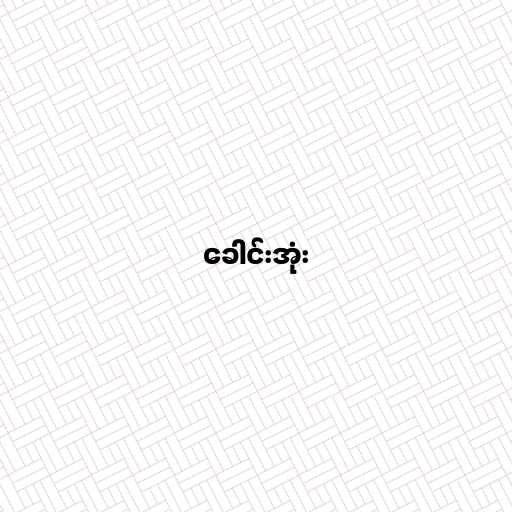
ခေါင်းအုံး